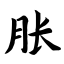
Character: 胀